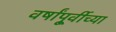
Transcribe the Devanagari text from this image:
वर्षांपू्र्वीच्या